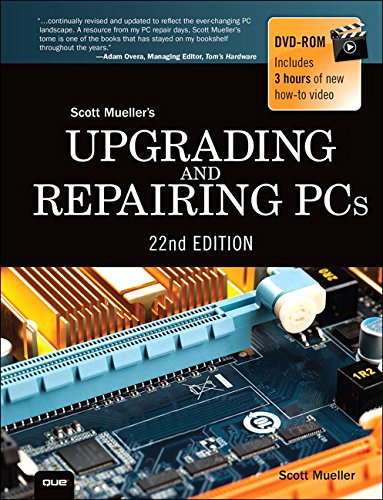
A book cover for Upgrading and Repairing PCs (22nd Edition); Scott Mueller; Computers & Technology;